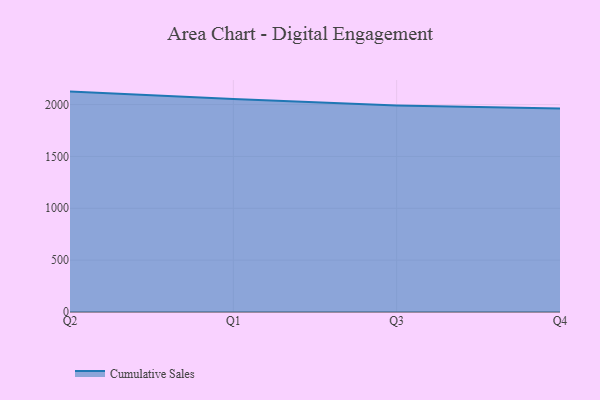
{"axis": {"x": "Quarter", "y": "Bounce Rate (%)"}, "legend": ["Cumulative Sales"], "data": [{"x": "Q2", "y": 2125.1, "type": "Cumulative Sales"}, {"x": "Q1", "y": 2052.8, "type": "Cumulative Sales"}, {"x": "Q3", "y": 1991.9, "type": "Cumulative Sales"}, {"x": "Q4", "y": 1963.0, "type": "Cumulative Sales"}]}